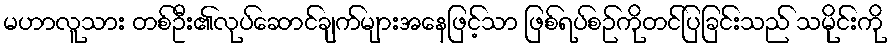
မဟာလူသား တစ်ဦး၏လုပ်ဆောင်ချက်များအနေဖြင့်သာ ဖြစ်ရပ်စဉ်ကိုတင်ပြခြင်းသည် သမိုင်းကို